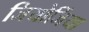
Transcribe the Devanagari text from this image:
जियोर्जिया